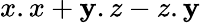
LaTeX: x.x+\mathbf{y}.z-z.\mathbf{y}